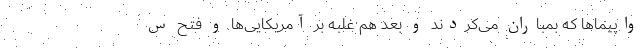
واپیماها که بمباران می‌کردند و بعد هم غلبه بر آمریکایی‌ها و فتح س